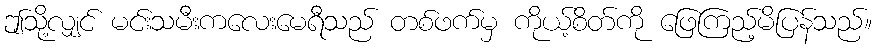
ဤသို့လျှင် မင်းသမီးကလေးမေရီသည် တစ်ဖက်မှ ကိုယ့်စိတ်ကို ဖြေကြည့်မိပြန်သည်။